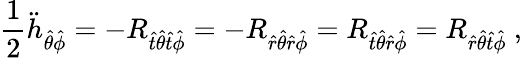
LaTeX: {\frac{1}{2}}{\ddot{h}}_{{\hat{\theta}}{\hat{\phi}}}=-R_{{\hat{t}}{\hat{\theta}}{\hat{t}}{\hat{\phi}}}=-R_{{\hat{r}}{\hat{\theta}}{\hat{r}}{\hat{\phi}}}=R_{{\hat{t}}{\hat{\theta}}{\hat{r}}{\hat{\phi}}}=R_{{\hat{r}}{\hat{\theta}}{\hat{t}}{\hat{\phi}}}\ ,